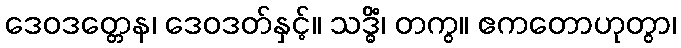
ဒေဝဒတ္တေန၊ ဒေဝဒတ်နှင့်။ သဒ္ဓိံ၊ တကွ။ ဧကတောဟုတွာ၊